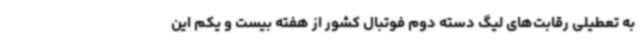
به تعطیلی رقابت‌های لیگ دسته دوم فوتبال کشور از هفته بیست و یکم این